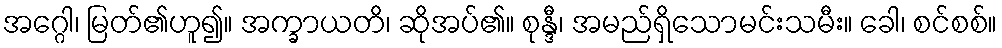
အဂ္ဂေါ၊ မြတ်၏ဟူ၍။ အက္ခာယတိ၊ ဆိုအပ်၏။ စုန္ဒီ၊ အမည်ရှိသောမင်းသမီး။ ခေါ၊ စင်စစ်။